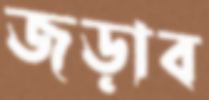
জড়াব